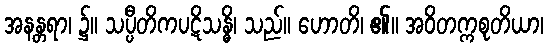
အနန္တရာ၊ ၌။ သပ္ပီတိကပဋိသန္ဓိ၊ သည်။ ဟောတိ၊ ၏။ အဝိတက္ကစုတိယာ၊